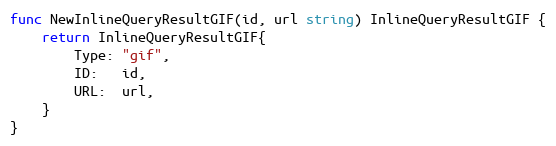
Language: Go
func NewInlineQueryResultGIF(id, url string) InlineQueryResultGIF {
	return InlineQueryResultGIF{
		Type: "gif",
		ID:   id,
		URL:  url,
	}
}